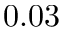
0 . 0 3